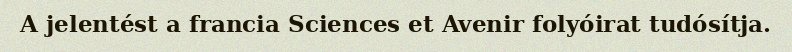
A jelentést a francia Sciences et Avenir folyóirat tudósítja.